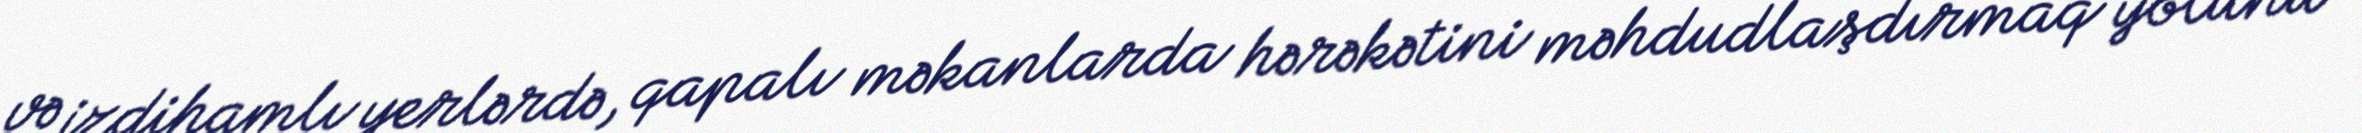
və izdihamlı yerlərdə, qapalı məkanlarda hərəkətini məhdudlaşdırmaq yolunu